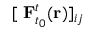
[ \mathbf { \nabla } \mathbf { F } _ { t _ { 0 } } ^ { t } ( \mathbf { r } ) ] _ { i j }